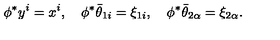
\phi ^ { * } y ^ { i } = x ^ { i } , \quad \phi ^ { * } { \bar { \theta } } _ { 1 i } = \xi _ { 1 i } , \quad \phi ^ { * } { \bar { \theta } } _ { 2 \alpha } = \xi _ { 2 \alpha } .